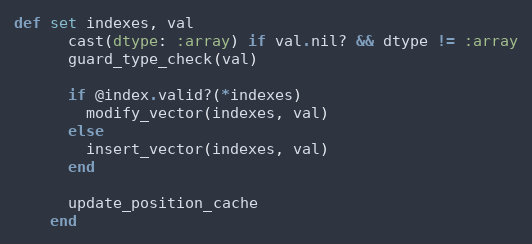
Language: Ruby
def set indexes, val
      cast(dtype: :array) if val.nil? && dtype != :array
      guard_type_check(val)

      if @index.valid?(*indexes)
        modify_vector(indexes, val)
      else
        insert_vector(indexes, val)
      end

      update_position_cache
    end